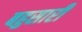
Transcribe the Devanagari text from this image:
बहुसारी